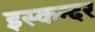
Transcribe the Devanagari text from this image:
इस्कन्दर